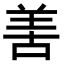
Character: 𠵊